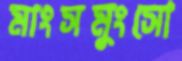
মাংসমুংসো